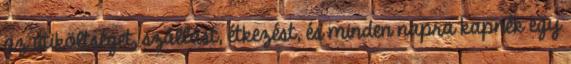
az útiköltséget, szállást, étkezést, és minden napra kapnék egy